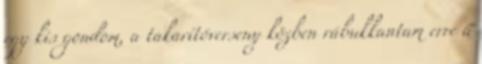
egy kis gondom, a takarítóverseny közben rábukkantam erre a